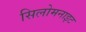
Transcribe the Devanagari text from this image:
सिलोमनाइट